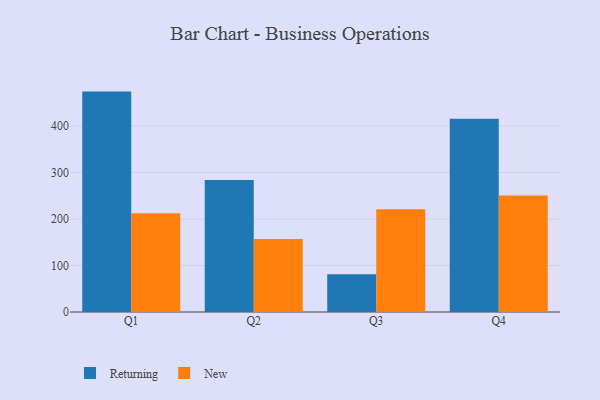
{"axis": {"x": "Quarter", "y": "Active Users"}, "legend": ["New", "Returning"], "data": [{"x": "Q1", "y": 473.9, "type": "Returning"}, {"x": "Q1", "y": 212.4, "type": "New"}, {"x": "Q2", "y": 283.6, "type": "Returning"}, {"x": "Q2", "y": 157.0, "type": "New"}, {"x": "Q3", "y": 81.4, "type": "Returning"}, {"x": "Q3", "y": 220.7, "type": "New"}, {"x": "Q4", "y": 415.3, "type": "Returning"}, {"x": "Q4", "y": 250.4, "type": "New"}]}